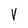
Character: V